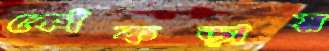
কোঁকড়ায়